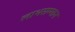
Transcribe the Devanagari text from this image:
लाभसम्मान